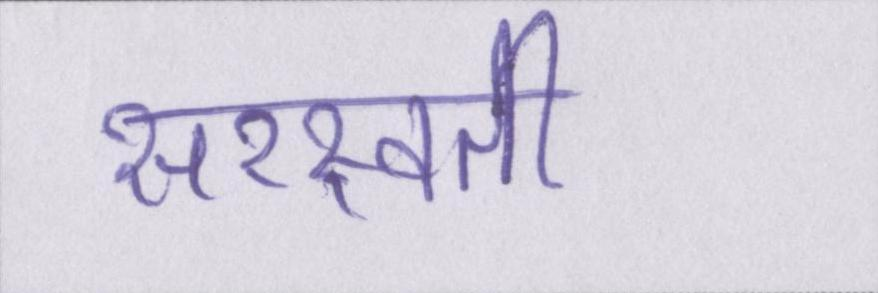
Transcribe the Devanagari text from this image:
सरस्वती